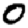
Digit: 0